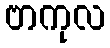
ဗာကုလ